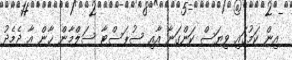
އިން ކަމުގައި ވިޔަސް ކަންގަނާ އާއި ސުޕަސްޓާ ސަލްމާން ޚާން އާ ދެމެދު